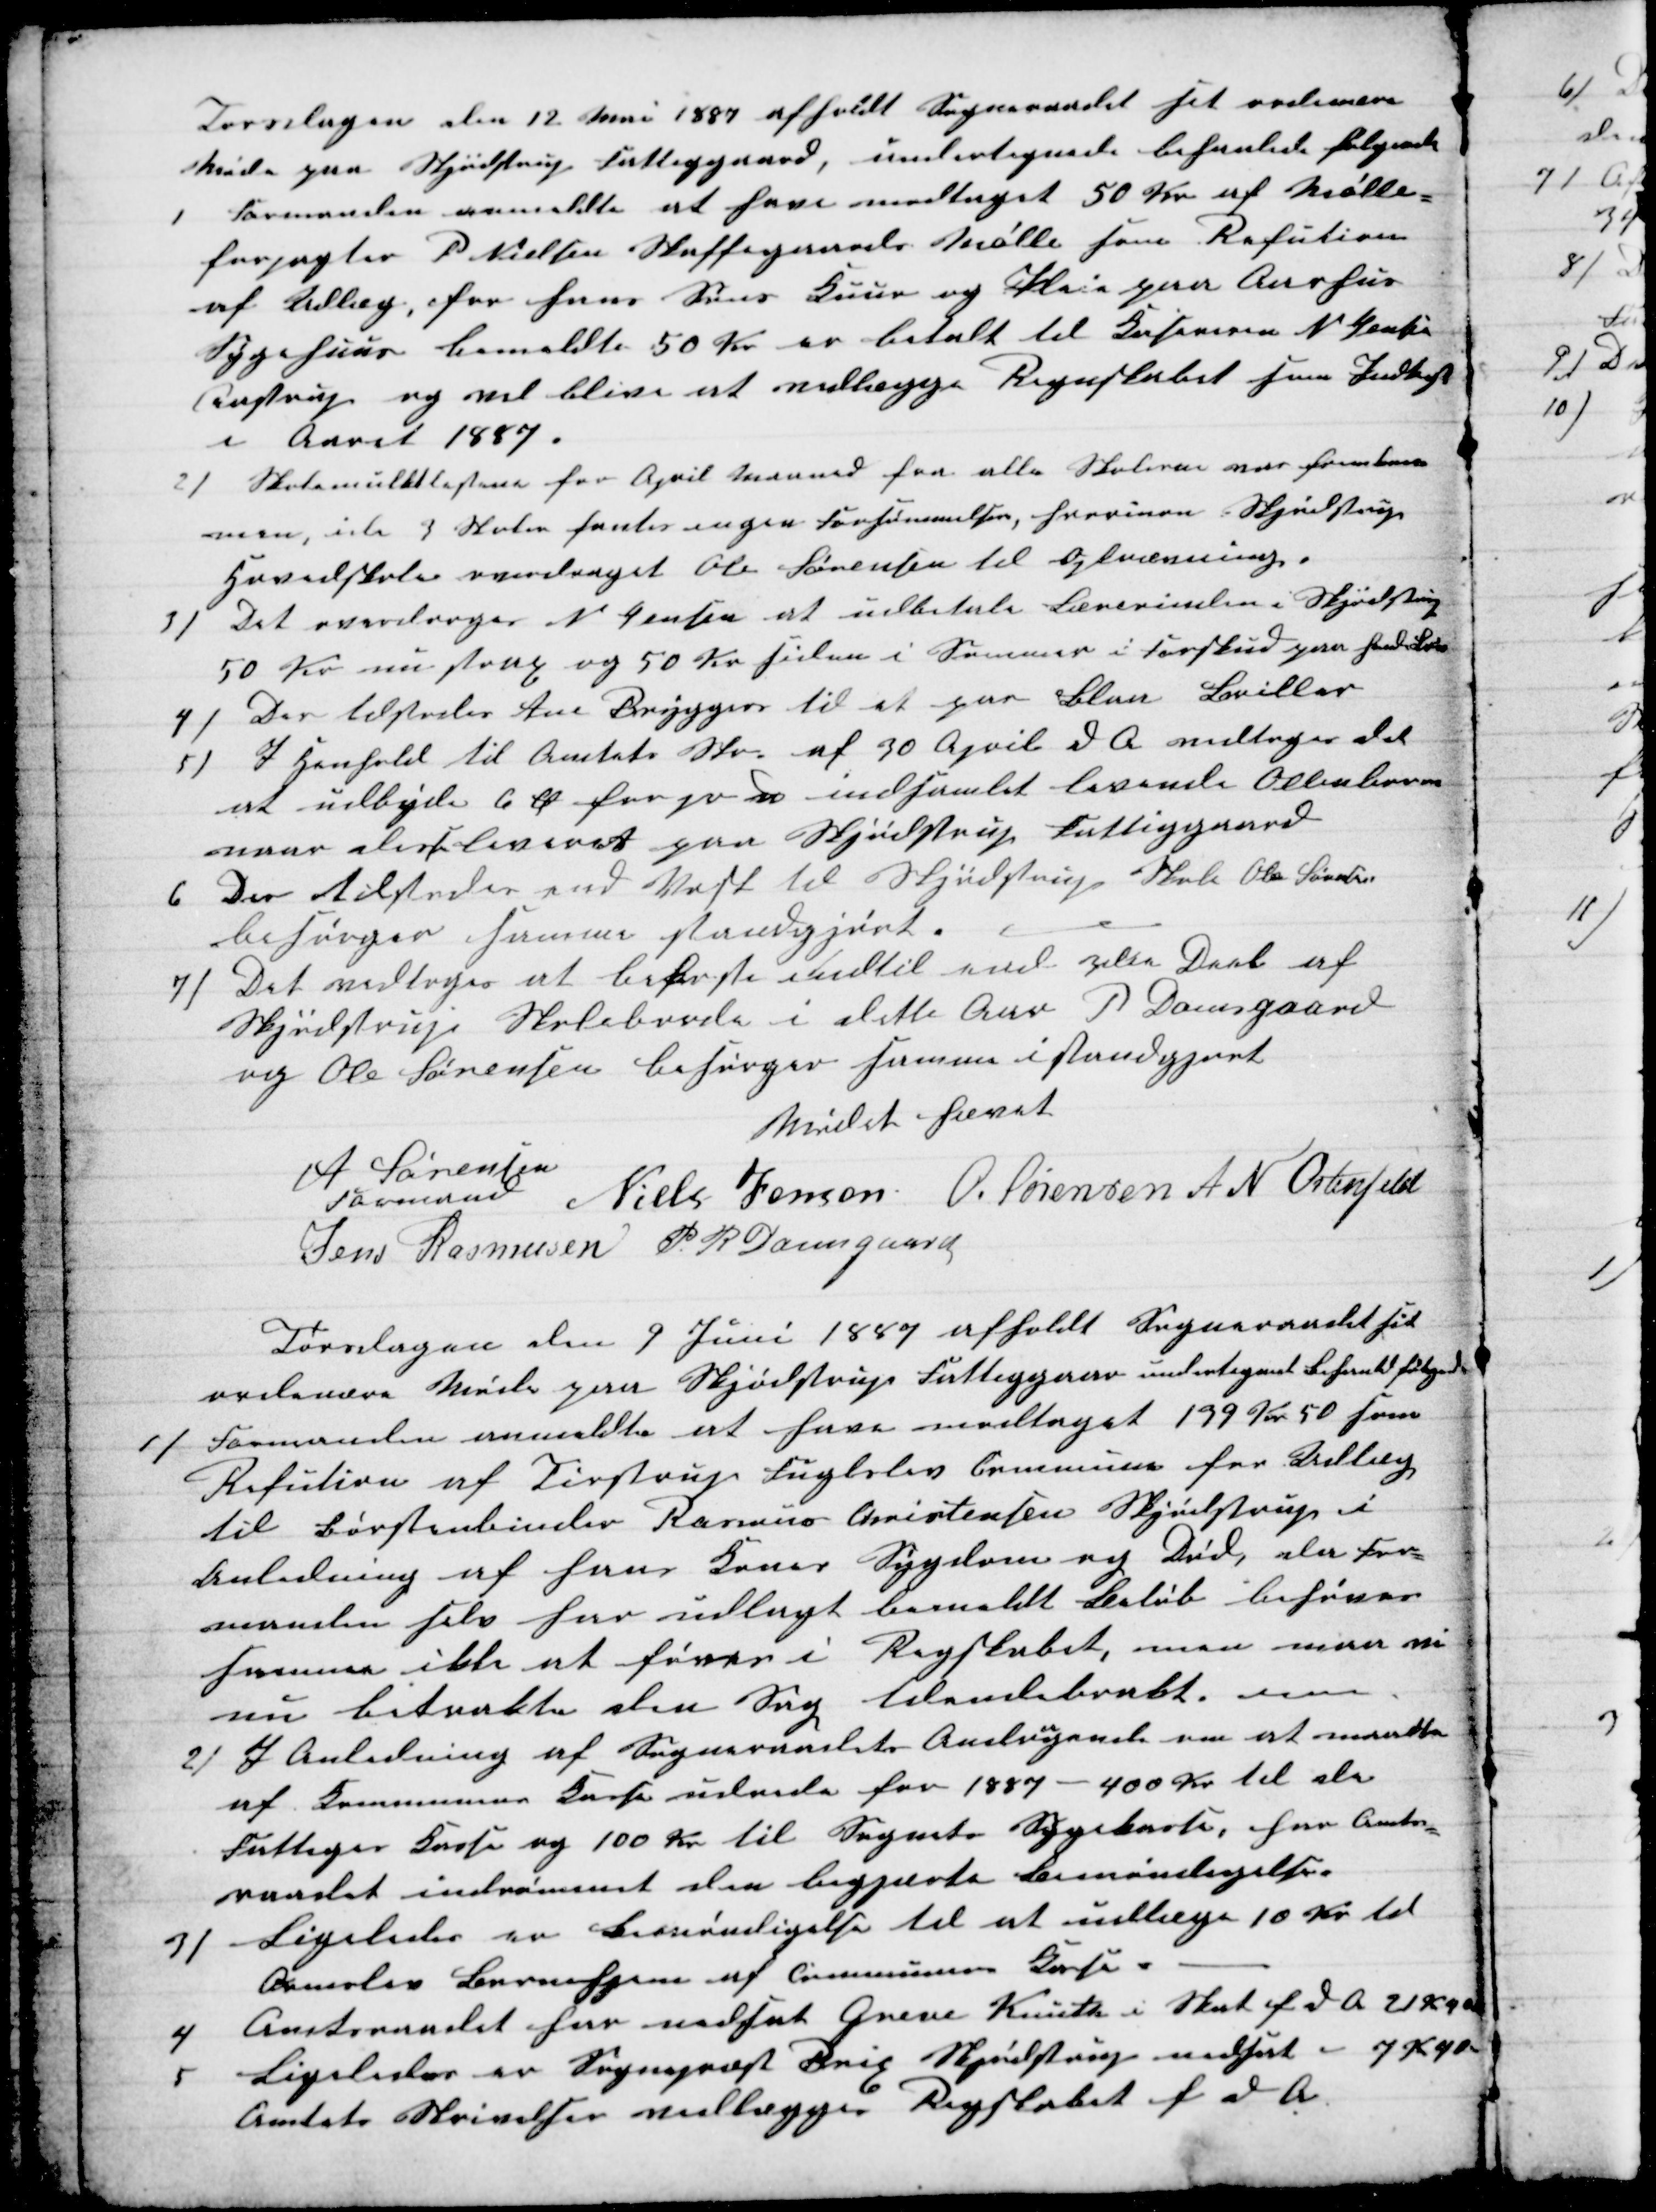
Transskription:
Torsdagen den 12 Mai 1887 afholdt Sogneraadet sit ordinære
Møde paa Skjødstrup Fattiggaard, undertegnede behanlede følgende
1
Formanden anmeldte at have modtaget 50 Kr af Mølle-
forpagter P. Nielsen Skaffegaard Mølle som Refution
af Udlæg, for hans Søns Kuur og Pleie paa Aarhus
Sygehuus bemeldte 50 Kr er betalt til Kasereren N Jensen
Aastrup og vil blive at vedlægge Regnskabet som Indtægt
i Aaret 1887.
2) Skolemulktlisterne for April Maaned for alle Skolerne var fremkom-
men, ide 3 Skoler fantes ingen Forsømmelser, hvorimod Skjødstrup
Grundskole overdraget Ole Sørensen til Opkrævning.
3) Det overdroges N Jensen at udbetale Lærerinden i Skjødstrup
50 Kr nu strax og 50 Kr siden i Sommer i Forskud paa hendes Løn
4)
Der tilstodes Ane Bryggers til et par Blaa Briller
5)
I Henhold til Amtets Skr. af 30 April d. A. vedtoges det
at udbyde 6 Ø for pr ℔ indsamlet levende Ollenborrer
naar disse leveret paa Skjødstrup Fattiggaard
6. Der tilstodes end Vask til Skjødstrup Skole Ole Sørensen
besørger samme standsgjørt.
7) Det vedtoges at bekoste indtil end 3die Deel af
Skjødstrup Skoleborde i dette Aar P Damsgaard
og Ole Sørensen besørger samme istandgjort
Mødet hævet
A Sørensen
Formand
Niels Jensen O. Sørensen A N Ostenfeld
Jens Rasmusen P. R Damsgaard
Torsagen den 9 Juni 1887 afholdt Sogneraadet sit
ordinære Møde paa Skjødstrup Fattiggaard undertegnede behanlede følgende
1) Formanden anmeldte et have modtaget 199 Kr 50 som
Refution af Tirstrup Fuglslev Commune for Udlæg
til Børstenbinder Rasmus Christensen Skjødstrup i
Anledning af hans Søns Sygdom og Død, da For-
manden selv har udlagt bemeldt Beløb behøver
samme ikke at føres i Regskabet, men maa vi
nu betrakte den Sag tilendebrakt.
2) I Anledning af Sogneraadets Andr
a
gende om et maatte
af Kommunens Kasse udrede for 1887 - 400 Kr til de
Fattiges Kasse og 100 Kr til Sognets Sygekasse, har Amts-
raadet indrømmet den begjærte Bemøndingelse.
3) Ligeledes er Bemøndigelse til at udlægge 10 Kr til
Ormslev Børnehjem af Communens Kasse.
4
Amtsraadet har nedsat Greve Knuth i Skat f d A 2 Kr 
5
Ligeledes er Sognepræst Brix Skjødstrup nedsat - 7 Kr 4 Ø
Amtets Skrivelser vedlægges Regskabet f d A.